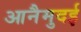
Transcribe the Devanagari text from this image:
आनैमुदई